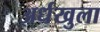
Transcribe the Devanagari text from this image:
अर्धखुला